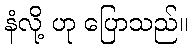
နံလို့ ဟု ပြောသည်။